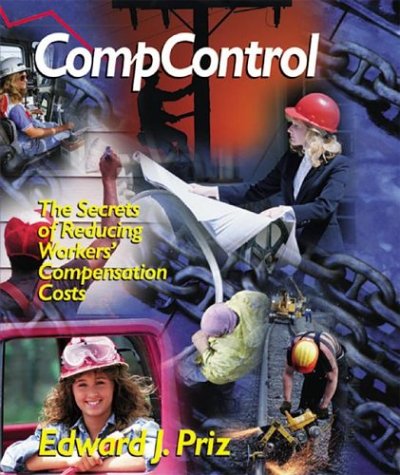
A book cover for Compcontrol : The Secrets of Reducing Workers' Compensation Costs (2nd Edition) (PSI Successful Business Library); Edward J. Priz; Business & Money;